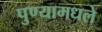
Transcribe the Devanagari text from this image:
पुण्यामधले